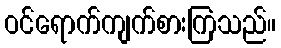
ဝင်ရောက်ကျက်စားကြသည်။